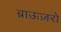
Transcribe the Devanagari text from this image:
ब्राऊज़रों